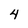
Character: 4